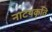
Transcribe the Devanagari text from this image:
नाटयकृति